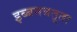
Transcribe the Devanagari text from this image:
इब्बनबतूता